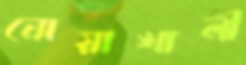
নোয়াখালী